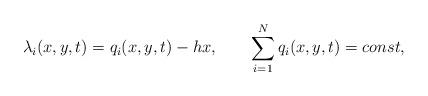
LaTeX: \begin{align*}\lambda_i(x,y,t)=q_i(x,y,t)-h x,\qquad\sum_{i=1}^N q_i(x,y,t)=const ,\end{align*}